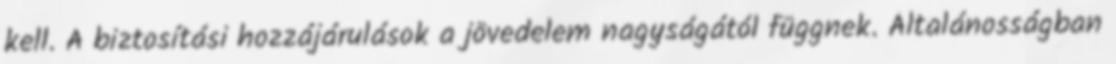
kell. A biztosítási hozzájárulások a jövedelem nagyságától függnek. Általánosságban